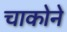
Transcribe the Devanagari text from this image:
चाकोने